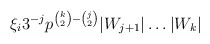
\begin{align*} \xi_i 3^{-j} p^{\binom{k}{2}-\binom{j}{2}}|W_{j+1}|\dots|W_k| \end{align*}